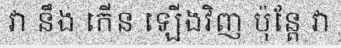
វា នឹង កើន ឡើងវិញ ប៉ុន្តែ វា